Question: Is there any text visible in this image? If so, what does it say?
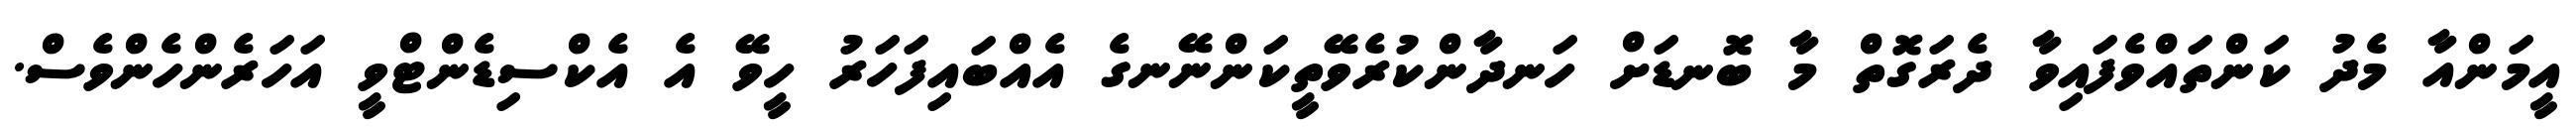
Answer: އީމަންއާ މެދު ކަންތައްވެފައިވާ ދެރަގޮތް މާ ބޮނޑަށް ހަނދާންކުރެވޭތީކަންނޭނގެ އެއްބައިފަހަރު ހީވޭ އެ އެކްސިޑެންޓްވީ އަހަރެންހެންވެސް.